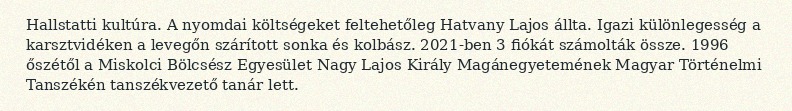
Hallstatti kultúra. A nyomdai költségeket feltehetőleg Hatvany Lajos állta. Igazi különlegesség a karsztvidéken a levegőn szárított sonka és kolbász. 2021-ben 3 fiókát számolták össze. 1996 őszétől a Miskolci Bölcsész Egyesület Nagy Lajos Király Magánegyetemének Magyar Történelmi Tanszékén tanszékvezető tanár lett.